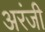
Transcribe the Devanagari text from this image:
अरंजी